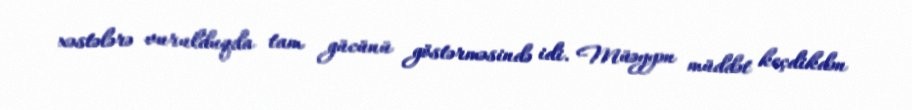
xəstələrə vurulduqda tam gücünü göstərməsində idi. Müəyyən müddət keçdikdən